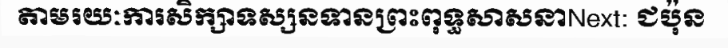
តាមរយៈការសិក្សាទស្សនទានព្រះពុទ្ធសាសនាNext: ជប៉ុន